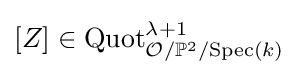
[Z]\in {\text{Quot}}_{{\mathcal {O}}/\mathbb {P} ^{2}/{\text{Spec}}(k)}^{\lambda +1}